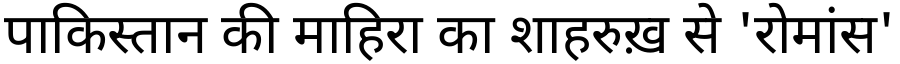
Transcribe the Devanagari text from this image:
पाकिस्तान की माहिरा का शाहरुख़ से 'रोमांस'